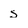
Character: s